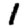
Digit: 1